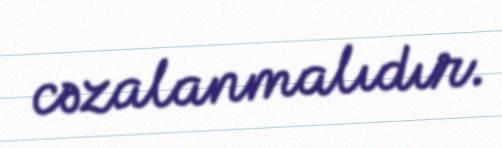
cəzalanmalıdır.